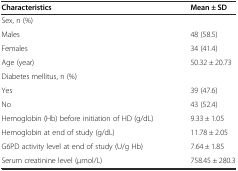
<table><thead><tr><td><b>Characteristics</b></td><td><b>Mean ± SD</b></td></tr></thead><tbody><tr><td>Sex, n (%)</td><td></td></tr><tr><td>Males</td><td>48 (58.5)</td></tr><tr><td>Females</td><td>34 (41.4)</td></tr><tr><td>Age (year)</td><td>50.32 ± 20.73</td></tr><tr><td>Diabetes mellitus, n (%)</td><td></td></tr><tr><td>Yes</td><td>39 (47.6)</td></tr><tr><td>No</td><td>43 (52.4)</td></tr><tr><td>Hemoglobin (Hb) before initiation of HD (g/dL)</td><td>9.33 ± 1.05</td></tr><tr><td>Hemoglobin at end of study (g/dL)</td><td>11.78 ± 2.05</td></tr><tr><td>G6PD activity level at end of study (U/g Hb)</td><td>7.64 ± 1.85</td></tr><tr><td>Serum creatinine level (μmol/L)</td><td>758.45 ± 280.3</td></tr></tbody></table>